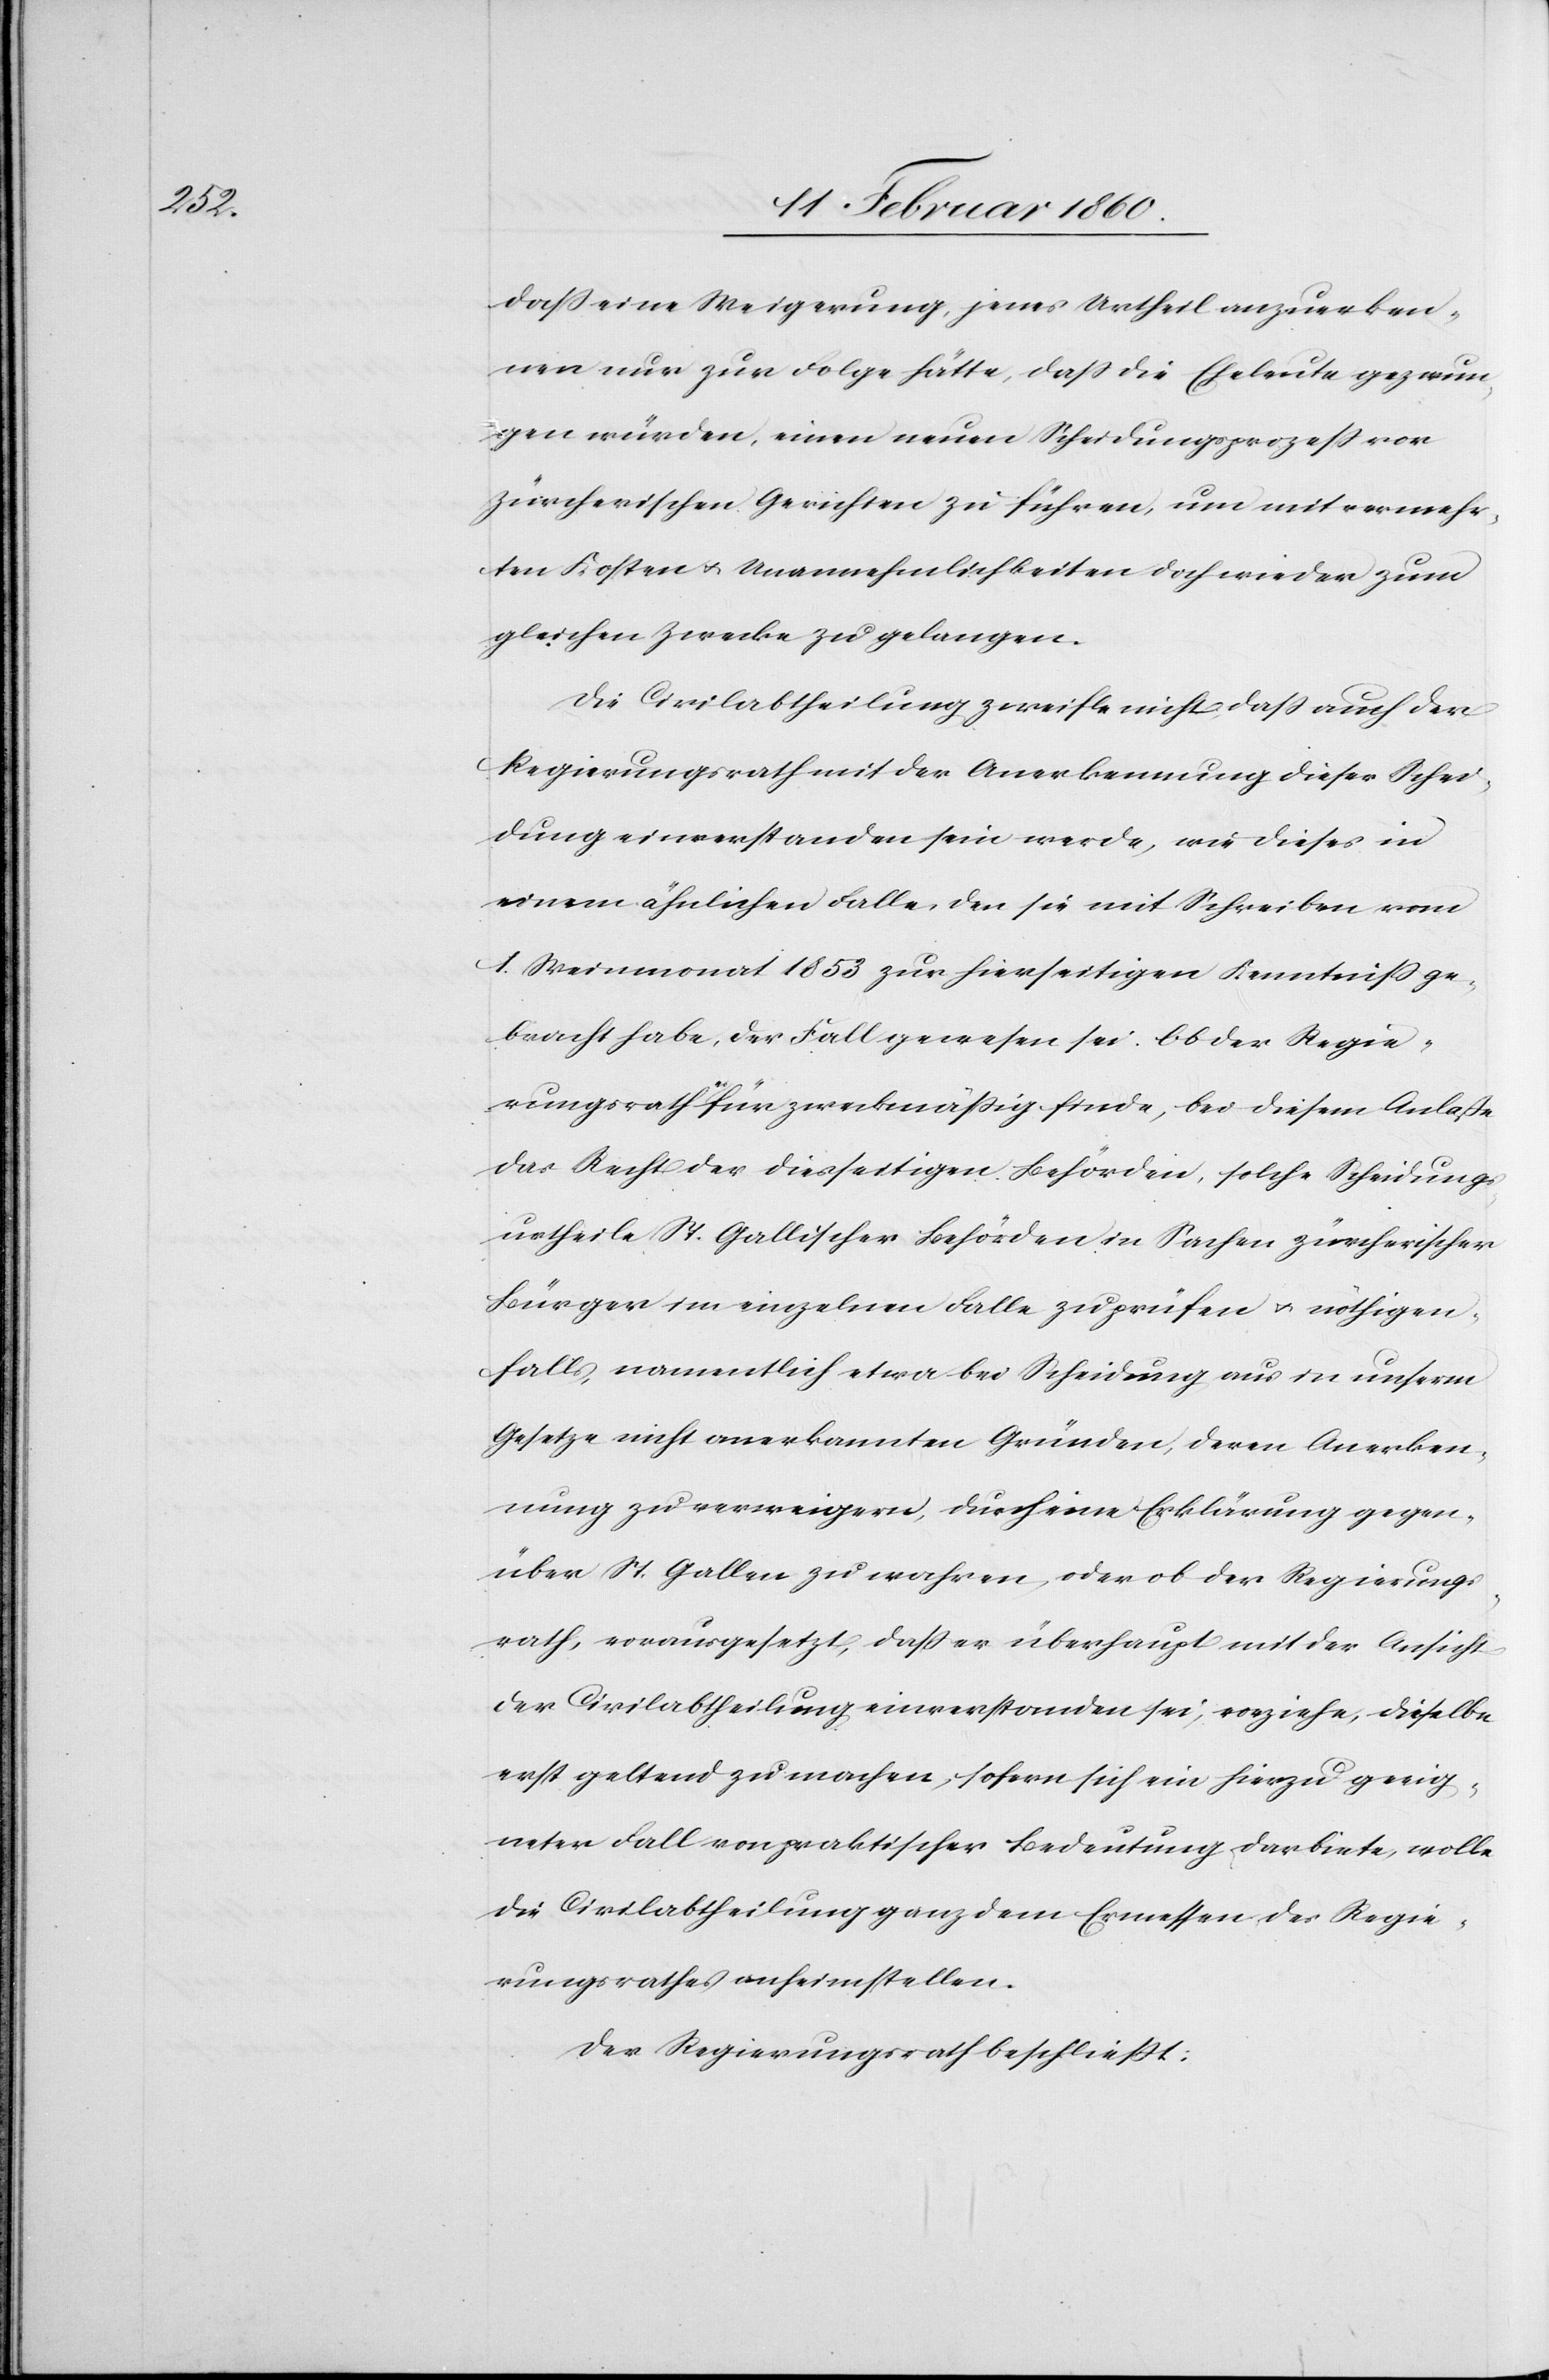
dass eine Weigerung, jenes Urtheil anzuerken¬
nen nur zur Folge hätte, dass die Eheleute gezwun¬
gen würden, einen neuen Scheidungsprozess vor
Zürcherischen Gerichten zu führen, um mit vermehr¬
ten Kosten u. Unannehmlichkeiten doch wieder zum
gleichen Zwecke zu gelangen.
Die Civilabtheilung zweifele nicht, dass auch der
Regierungsrath mit der Anerkennung dieser Schei¬
dung einverstanden sein werde, wie dieses in
einem ähnlichen Falle, den sie mit Schreiben vom
1. Weinmonat 1853 zur hierseitigen Kenntniss ge¬
bracht habe, der Fall gewesen sei. Ob der Regie¬
rungsrath für zweckmässig finde, bei diesem Anlasse
das Recht der diesseitigen Behörden, solche Scheidungs¬
urtheile St. Gallischer Behörden in Sachen zürcherischer
Bürger im einzelnen Falle zu prüfen u. nöthigen¬
falls, namentlich etwa bei Scheidung aus in unserm
Gesetze nicht anerkannten Gründen, deren Anerken¬
nung zu verweigern, durch eine Erklärung gegen¬
über St. Gallen zu wahren, oder ob der Regierungs¬
rath, vorausgesetzt, dass er überhaupt mit der Ansicht
der Civilabtheilung einverstanden sei, vorziehe, dieselbe
erst geltend zu machen, sofern sich ein hierzu geeig¬
neter Fall von praktischer Bedeutung darbiete, wolle
die Civilabtheilung ganz dem Ermessen des Regie¬
rungsrathes anheimstellen.
Der Regierungsrath beschliesst: